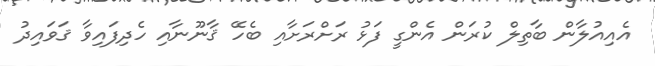
އެއިއުލާން ބާތިލް ކުރަން އެންގީ ފަޅު ރަށްރަށާއި ބެހޭ ޤާނޫނާއި ހެދިފައިވާ ޤަވައިދު